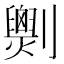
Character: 𠠧